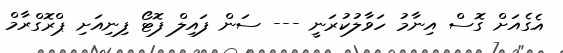
އެގެއަށް ގޮސް އިނާމު ހަވާލުކުރަނީ --- ސަން ފައިލް ފޮޓޯ ފިނިއަށި ޕްރޮގްރާމް